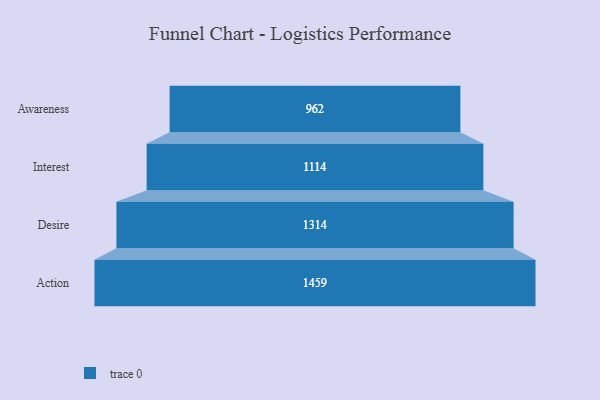
{"axis": {"x": "Stage", "y": "Value"}, "legend": [""], "data": [{"x": "Awareness", "y": 962.0, "type": ""}, {"x": "Interest", "y": 1114.0, "type": ""}, {"x": "Desire", "y": 1314.0, "type": ""}, {"x": "Action", "y": 1459.0, "type": ""}]}